Report of the Indian Hemp Drugs Commission, 1894-1895 - Volume V
Year: 1894
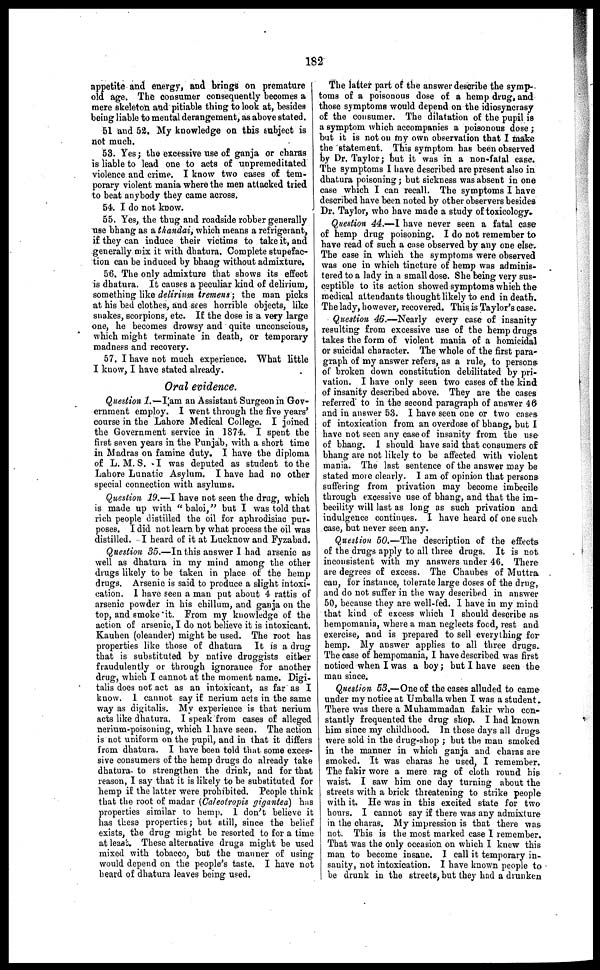
182
appetite and energy, and brings on premature
old age. The consumer consequently becomes a
mere skeleton and pitiable thing to look at, besides
being liable to mental derangement, as above stated.
51 and 52. My knowledge on this subject is
not much.
53. Yes; the excessive use of ganja or charas
is liable to lead one to acts of unpremeditated
violence and crime. I know two cases of tem-
porary violent mania where the men attacked tried
to beat anybody they came across.
54. I do not know.
55. Yes, the thug and roadside robber generally
use bhang as a thandai, which means a refrigerant,
if they can induce their victims to take it, and
generally mix it with dhatura. Complete stupefac-
tion can be induced by bhang without admixture.
56. The only admixture that shows its effect
is dhatura. It causes a peculiar kind of delirium,
something like delirium tremens; the man picks
at his bad clothes, and sees horrible objects, like
snakes, scorpions, etc. If the dose is a very large
one, he becomes drowsy and quite unconscious,
which might terminate in death, or temporary
madness and recovery.
57. I have not much experience. What little
I know, I have stated already.
Oral evidence.
Question 1.—I am an Assistant Surgeon in Gov-
ernment employ. I went through the five years'
course in the Lahore Medical College. I joined
the Government service in 1874. I spent the
first seven years in the Punjab, with a short time
in Madras on famine duty. I have the diploma
of L. M. S. I was deputed as student to the
Lahore Lunatic Asylum. I have had no other
special connection with asylums.
Question 19.—I have not seen the drug, which
is made up with "baloi," but I was told that
rich people distilled the oil for aphrodisiac pur-
poses. I did not learn by what process the oil was
distilled. I heard of it at Lucknow and Fyzabad.
Question 35.—In this answer I had arsenic as
well as dhatura in my mind among the other
drugs likely to be taken in place of the hemp
drugs. Arsenic is said to produce a slight intoxi-
cation. I have seen a man put about 4 rattis of
arsenic powder in his chillum, and ganja on the
top, and smoke it. From my knowledge of the
action of arsenic, I do not believe it is intoxicant.
Kauhen (oleander) might be used. The root has
properties like those of dhatura It is a drug
that is substituted by native druggists either
fraudulently or through ignorance for another
drug, which I cannot at the moment name. Digi-
talis does not act as an intoxicant, as far as I
know. I cannot say if nerium acts in the same
way as digitalis. My experience is that nerium
acts like dhatura. I speak from cases of alleged
nerium-poisoning, which I have seen. The action
is not uniform on the pupil, and in that it differs
from dhatura. I have been told that some exces-
sive consumers of the hemp drugs do already take
dhatura to strengthen the drink, and for that
reason, I say that it is likely to be substituted for
hemp if the latter were prohibited. People think
that the root of madar (Caleotropis gigantea) has
properties similar to hemp. I don't believe it
has these properties; but still, since the belief
exists, the drug might be resorted to for a time
at least. These alternative drugs might be used
mixed with tobacco, but the manner of using
would depend on the people's taste. I have not
heard of dhatura leaves being used.
The latter part of the answer describe the symp-
toms of a poisonous dose of a hemp drug, and
those symptoms would depend on the idiosyncrasy
of the consumer. The dilatation of the pupil is
a symptom which accompanies a poisonous dose;
but it is not on my own observation that I make
the statement. This symptom has been observed
by Dr. Taylor; but it was in a non-fatal case.
The symptoms I have described are present also in
dhatura poisoning; but sickness was absent in one
case which I can recall. The symptoms I have
described have been noted by other observers besides
Dr. Taylor, who have made a study of toxicology.
Question 44.—I have never seen a fatal case
of hemp drug poisoning. I do not remember to
have read of such a case observed by any one else.
The case in which the symptoms were observed
was one in which tincture of hemp was adminis-
tered to a lady in a small dose. She being very sus-
ceptible to its action showed symptoms which the
medical attendants thought likely to end in death.
The lady, however, recovered. This is Taylor's case.
Question 46.—Nearly every case of insanity
resulting from excessive use of the hemp drugs
takes the form of violent mania of a homicidal
or suicidal character. The whole of the first para-
graph of my answer refers, as a rule, to persons
of broken down constitution debilitated by pri-
vation. I have only seen two cases of the kind
of insanity described above. They are the cases
referred to in the second paragraph of answer 46
and in answer 53. I have seen one or two cases
of intoxication from an overdose of bhang, but I
have not seen any case of insanity from the use
of bhang. I should have said that consumers of
bhang are not likely to be affected with violent
mania. The last sentence of the answer may be
stated more clearly. I am of opinion that persons-
suffering from privation may become imbecile
through excessive use of bhang, and that the im-
becility will last as long as such privation and
indulgence continues. I have heard of one such
I case, but never seen any.
Question 50.—The description of the effects
of the drugs apply to all three drugs. It is not
inconsistent with my answers under 46. There
are degrees of excess. The Chaubes of Muttra
can, for instance, tolerate large doses of the drug,
and do not suffer in the way described in answer
50, because they are well-fed. I have in my mind
that kind of excess which I should describe as
hempomania, where a man neglects food, rest and
exercise, and is prepared to sell everything for
hemp. My answer applies to all three drugs.
The case of hempomania, I have described was first
noticed when I was a boy; but I have seen the
man since.
Question 53.—One of the cases alluded to came
under my notice at Umballa when I was a student.
There was there a Muhammadan fakir who con-
stantly frequented the drug shop. I had known
him since my childhood. In those days all drugs
were sold in the drug-shop ; but the man smoked
in the manner in which ganja and charas are
smoked. It was charas he used, I remember.
The fakir wore a mere rag of cloth round his
waist. I saw him one day turning about the
streets with a brick threatening to strike people
with it. He was in this excited state for two
hours. I cannot say if there was any admixture
in the charas. My impression is that there was
not. This is the most marked case I remember.
That was the only occasion on which I knew this
man to become insane. I call it temporary in-
sanity, not intoxication. I have known people to
be drunk in the streets, but they had a drunken